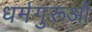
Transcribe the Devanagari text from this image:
धर्मगुरूओं